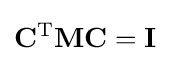
\mathbf {C} ^{\mathrm {T} }\mathbf {M} \mathbf {C} =\mathbf {I}